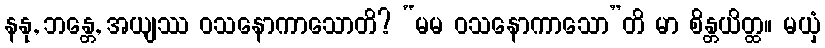
နနု, ဘန္တေ, အယျဿ ဝသနောကာသောတိ? “မမ ဝသနောကာသော”တိ မာ စိန္တယိတ္ထ။ မယှံ